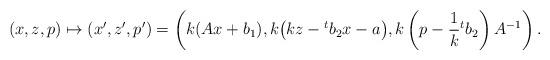
LaTeX: \begin{gather*}(x, z, p) \mapsto (x', z', p') = \left(k(Ax + b_1), k\big(kz - {}^tb_2x - a\big), k\left(p - \frac{1}{k}{}^tb_2\right)A^{-1}\right).\end{gather*}